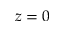
z = 0